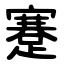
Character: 蹇